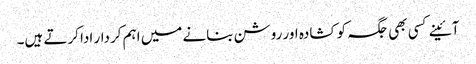
آئینے کسی بھی جگہ کو کشادہ اور روشن بنانے میں اہم کردار ادا کرتے ہیں۔